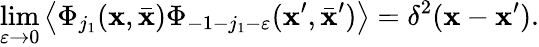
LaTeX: \operatorname*{lim}_{\varepsilon\rightarrow0}\left\langle\Phi_{j_{1}}(\mathbf{x},\bar{{\mathbf{x}}})\Phi_{-1-j_{1}-\varepsilon}(\mathbf{x}^{\prime},\bar{{\mathbf{x}}}^{\prime})\right\rangle=\delta^{2}(\mathbf{x}-\mathbf{x}^{\prime}).